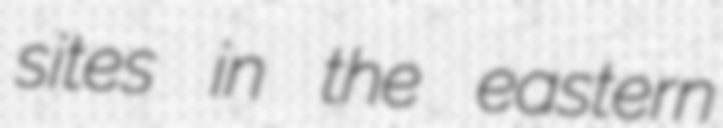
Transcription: sites in the eastern